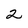
Character: 2